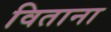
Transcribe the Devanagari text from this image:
विताना